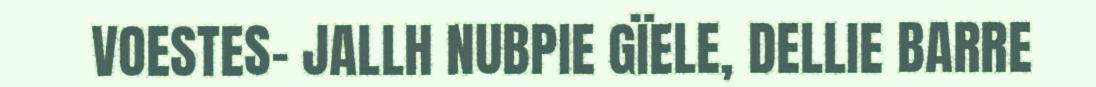
VOESTES- JALLH NUBPIE GÏELE, DELLIE BARRE